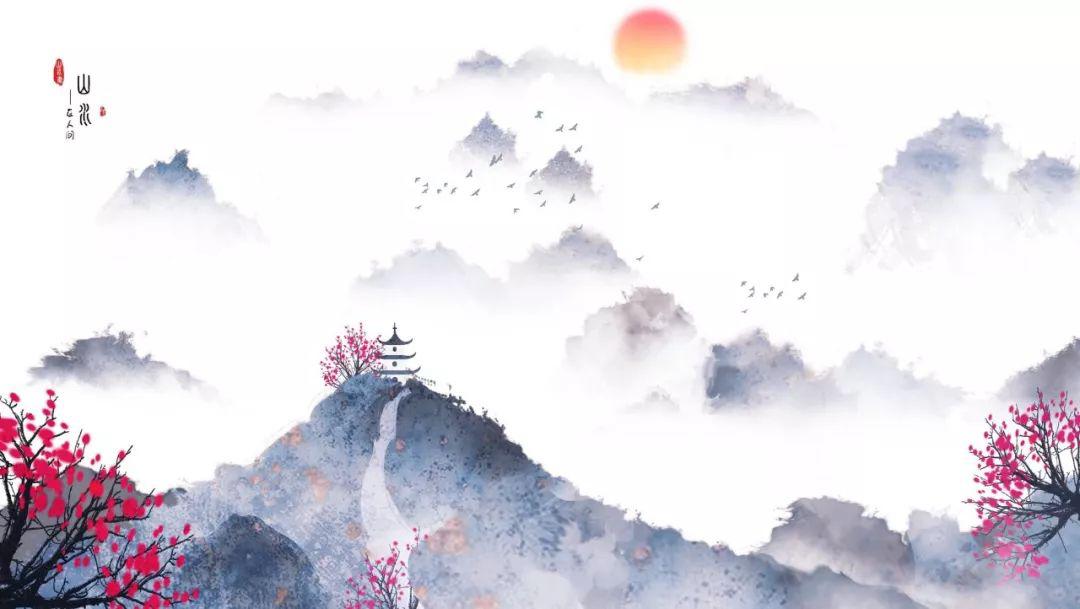
安危在出令，存亡在所任。